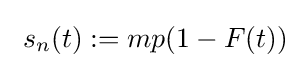
\ s_{n}(t):=mp(1-F(t))